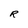
Character: R